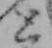
と